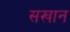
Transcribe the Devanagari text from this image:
सखान